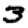
Digit: 3